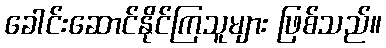
ခေါင်းဆောင်နိုင်ကြသူများ ဖြစ်သည်။